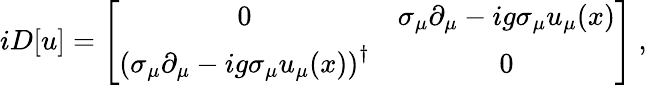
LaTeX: iD[u]=\left[\begin{array}{cc}{{0}}&{{\sigma_{\mu}\partial_{\mu}-ig\sigma_{\mu}u_{\mu}(x)}}\\ {{\left(\sigma_{\mu}\partial_{\mu}-ig\sigma_{\mu}u_{\mu}(x)\right)^{\dagger}}}&{{0}}\end{array}\right]\ ,